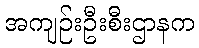
အကျဉ်းဦးစီးဌာနက